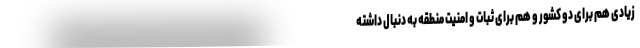
زیادی هم برای دو کشور و هم برای ثبات و امنیت منطقه به دنبال داشته